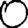
Digit: 0